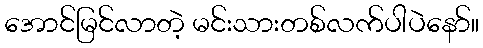
အောင်မြင်လာတဲ့ မင်းသားတစ်လက်ပါပဲနော်။